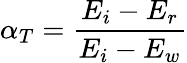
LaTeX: \alpha_{T}=\frac{E_{i}-E_{r}}{E_{i}-E_{w}}